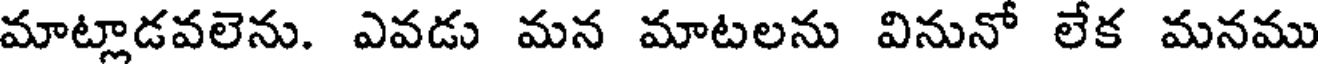
మాట్లాడవలెను. ఎవడు మన మాటలను వినునో లేక మనము